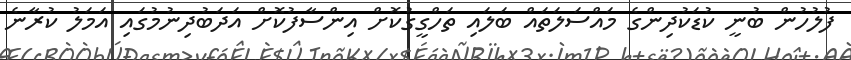
ފުލުހުން ބުނީ ކުޑަކުދިންގެ މައްސަލަތައް ބަލައި ތަހްގީގުކޮށް އިންސާފުކޮށް އަދަބުދިނުމުގައި އަމަލު ކުރާނެ